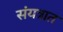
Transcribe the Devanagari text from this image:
संयत्रात